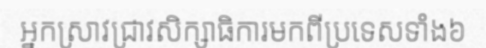
អ្នកស្រាវជ្រាវសិក្សាធិការមកពីប្រទេសទាំង៦